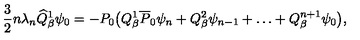
\frac { 3 } { 2 } n \lambda _ { n } \widehat { Q } _ { \beta } ^ { 1 } \psi _ { 0 } = - P _ { 0 } \bigl ( Q _ { \beta } ^ { 1 } \overline { { P } } _ { 0 } \psi _ { n } + Q _ { \beta } ^ { 2 } \psi _ { n - 1 } + \ldots + Q _ { \beta } ^ { n + 1 } \psi _ { 0 } \bigr ) , \nonumber